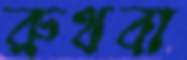
রুথবা